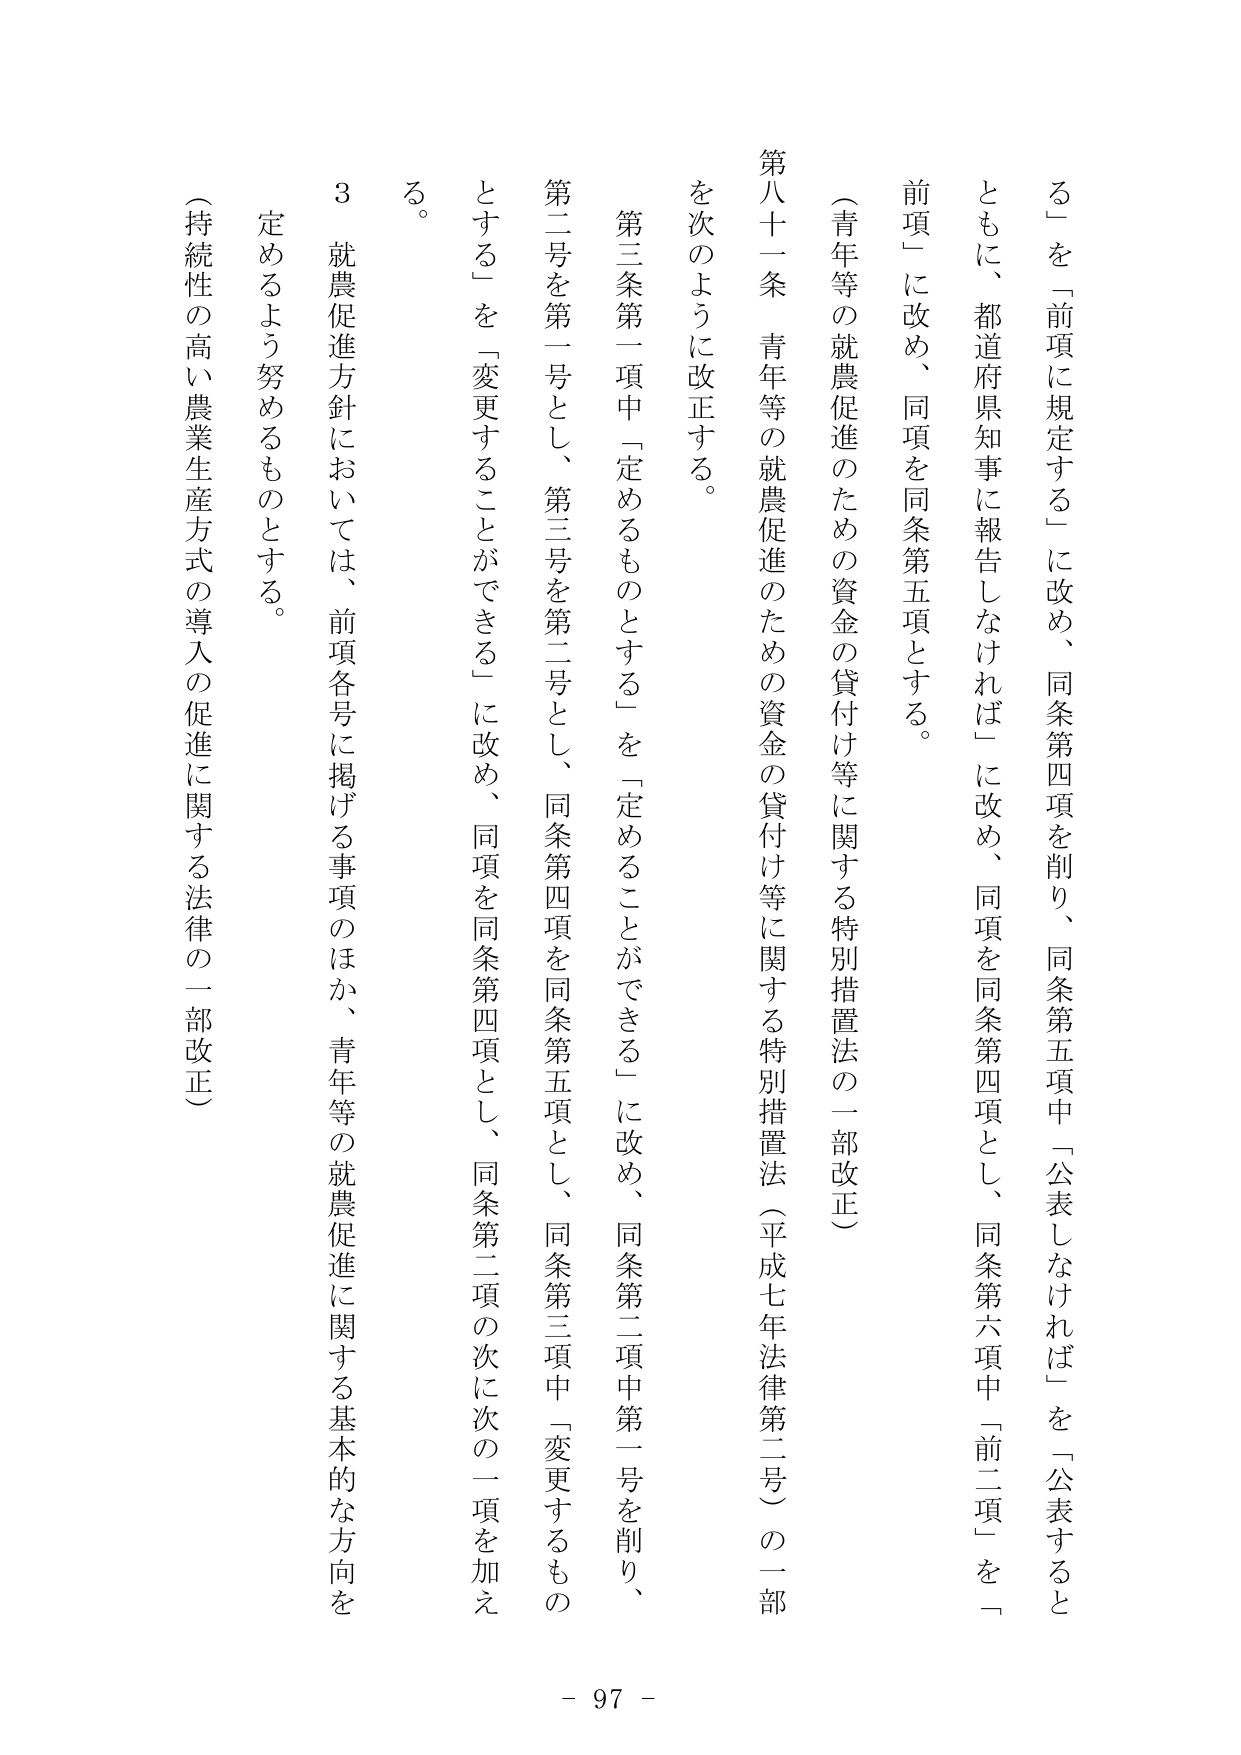
る」を「前項に規定する」に改め、同条第四項を削り、同条第五項中「公表しなければ」を「公表するとともに、都道府県知事に報告しなければ」に改め、同項を同条第四項とし、同条第六項中「前二項」を「前項」に改め、同項を同条第五項とする。

（青年等の就農促進のための資金の貸付け等に関する特別措置法の一部改正）

第八十一条 青年等の就農促進のための資金の貸付け等に関する特別措置法（平成七年法律第二号）の一部を次のように改正する。

第三条第一項中「定めるものとする」を「定めることができる」に改め、同条第二項中第一号を削り、第二号を第一号とし、第三号を第二号とし、同条第四項を同条第五項とし、同条第三項中「変更するものとする」を「変更することができる」に改め、同項を同条第四項とし、同条第二項の次に次の一項を加える。

３ 就農促進方針においては、前項各号に掲げる事項のほか、青年等の就農促進に関する基本的な方向を定めるよう努めるものとする。

（持続性の高い農業生産方式の導入の促進に関する法律の一部改正）

- 97 -